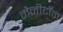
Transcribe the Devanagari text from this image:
मैनीटॉल